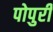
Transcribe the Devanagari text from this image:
पोपुरी